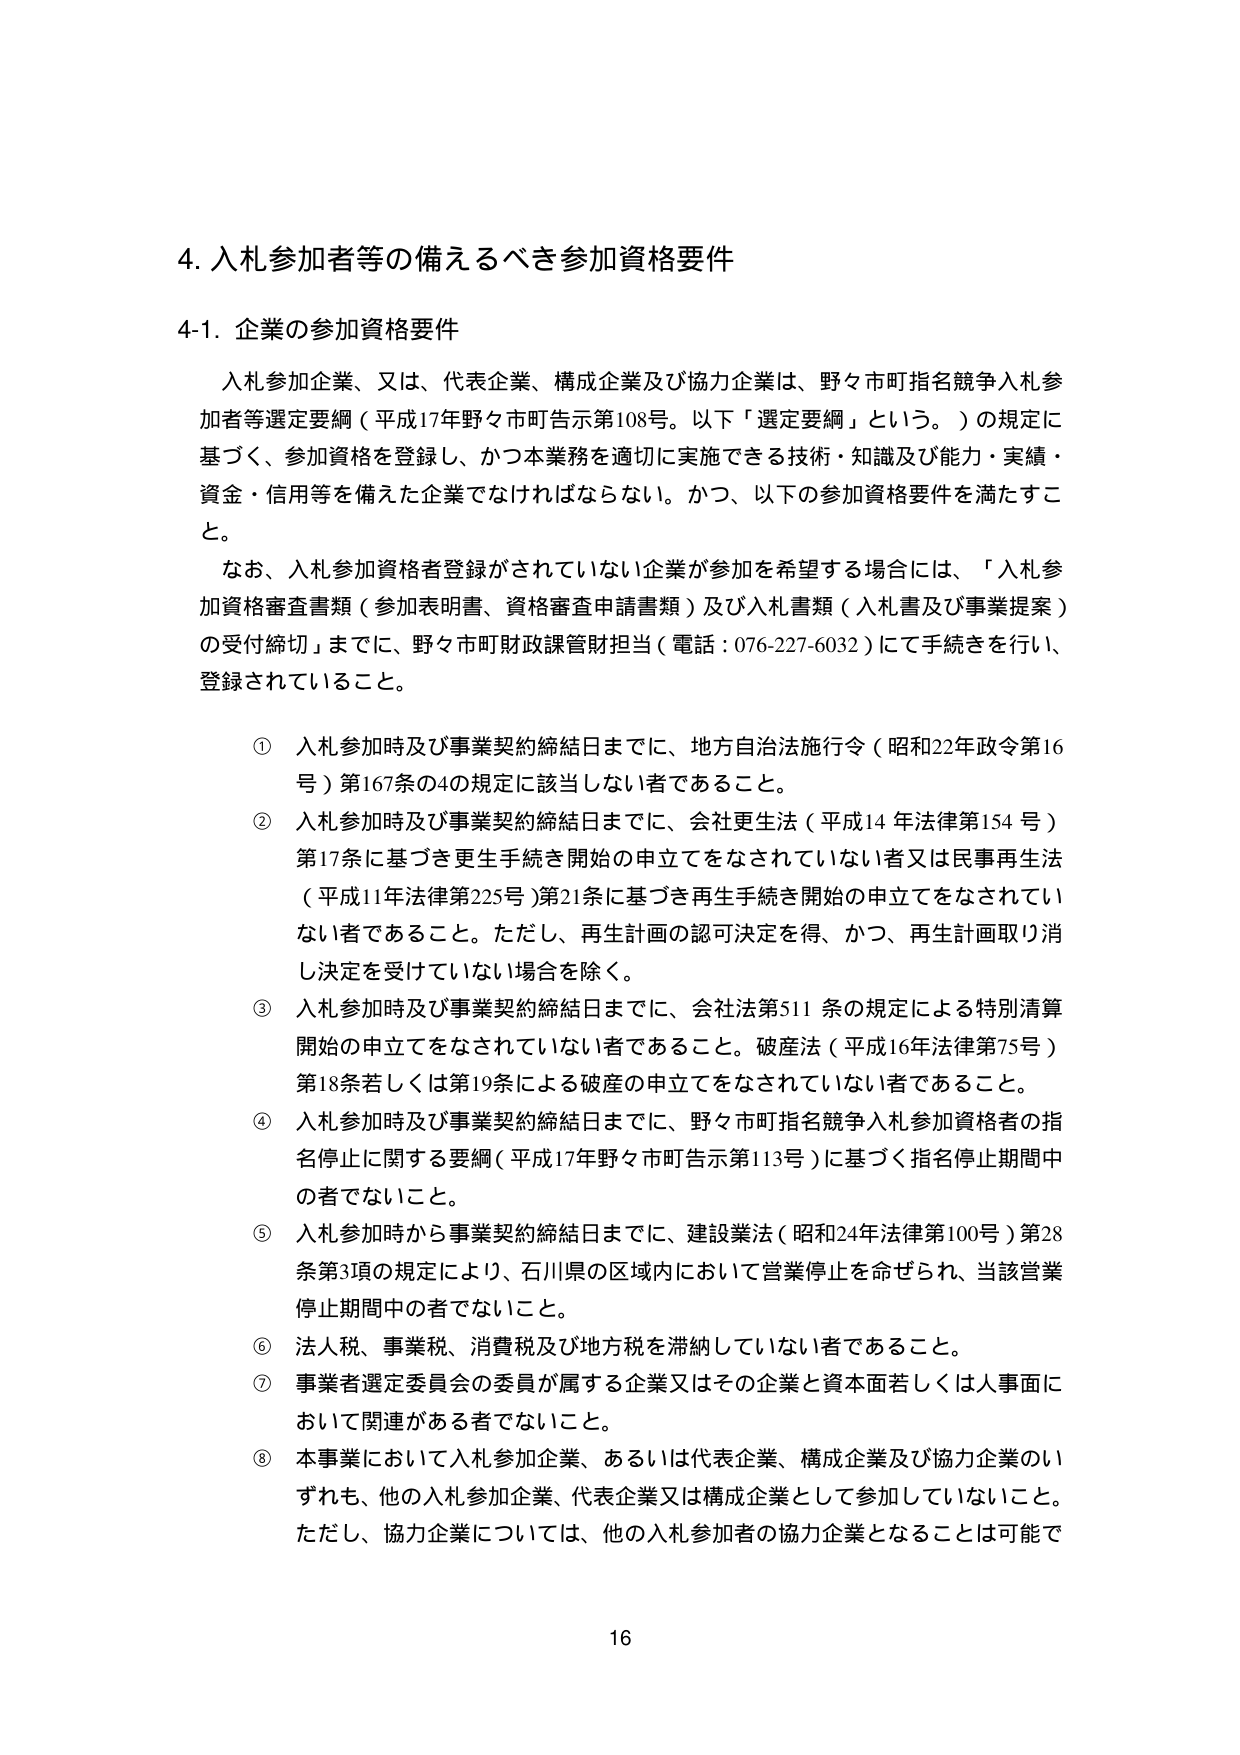
4. 入札参加者等の備えるべき参加資格要件

4-1. 企業の参加資格要件

入札参加企業、又は、代表企業、構成企業及び協力企業は、野々市町指名競争入札参加者等選定要綱（平成17年野々市町告示第108号。以下「選定要綱」という。）の規定に基づく、参加資格を登録し、かつ本業務を適切に実施できる技術・知識及び能力・実績・資金・信用等を備えた企業でなければならない。かつ、以下の参加資格要件を満たすこと。

なお、入札参加資格者登録がされていない企業が参加を希望する場合には、「入札参加資格審査書類（参加表明書、資格審査申請書類）及び入札書類（入札書及び事業提案）の受付締切」までに、野々市町財政課管財担当（電話：076-227-6032）にて手続きを行い、登録されていること。

① 入札参加時及び事業契約締結日までに、地方自治法施行令（昭和22年政令第16号）第167条の4の規定に該当しない者であること。

② 入札参加時及び事業契約締結日までに、会社更生法（平成14年法律第154号）第17条に基づき更生手続き開始の申立てをなされていない者又は民事再生法（平成11年法律第225号）第21条に基づき再生手続き開始の申立てをなされていない者であること。ただし、再生計画の認可決定を得、かつ、再生計画取り消し決定を受けていない場合を除く。

③ 入札参加時及び事業契約締結日までに、会社法第511条の規定による特別清算開始の申立てをなされていない者であること。破産法（平成16年法律第75号）第18条若しくは第19条による破産の申立てをなされていない者であること。

④ 入札参加時及び事業契約締結日までに、野々市町指名競争入札参加資格者の指名停止に関する要綱（平成17年野々市町告示第113号）に基づく指名停止期間中の者でないこと。

⑤ 入札参加時から事業契約締結日までに、建設業法（昭和24年法律第100号）第28条第3項の規定により、石川県の区域内において営業停止を命ぜられ、当該営業停止期間中の者でないこと。

⑥ 法人税、事業税、消費税及び地方税を滞納していない者であること。

⑦ 事業者選定委員会の委員が属する企業又はその企業と資本面若しくは人事面において関連がある者でないこと。

⑧ 本事業において入札参加企業、あるいは代表企業、構成企業及び協力企業のいずれも、他の入札参加企業、代表企業又は構成企業として参加していないこと。ただし、協力企業については、他の入札参加者の協力企業となることは可能で

16